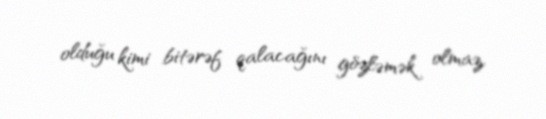
olduğu kimi bitərəf qalacağını gözləmək olmaz.